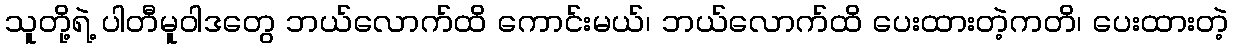
သူတို့ရဲ့ ပါတီမူဝါဒတွေ ဘယ်လောက်ထိ ကောင်းမယ်၊ ဘယ်လောက်ထိ ပေးထားတဲ့ကတိ၊ ပေးထားတဲ့